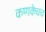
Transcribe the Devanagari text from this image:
कणकेचच